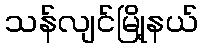
သန်လျင်မြို့နယ်